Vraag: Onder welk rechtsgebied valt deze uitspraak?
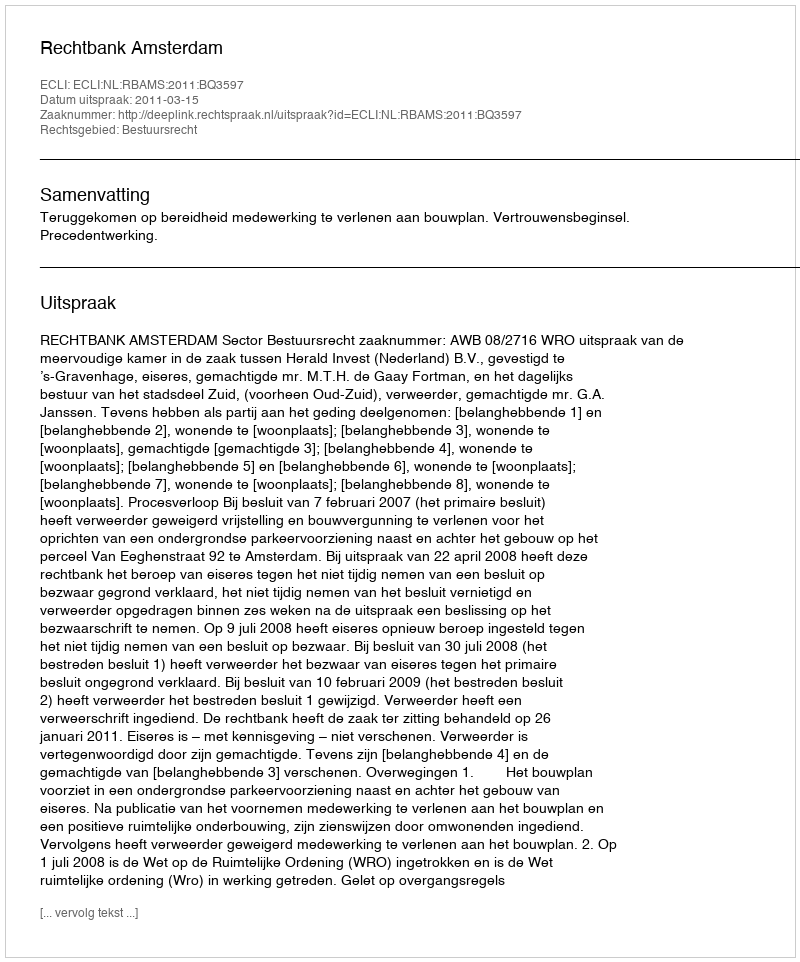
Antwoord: Bestuursrecht